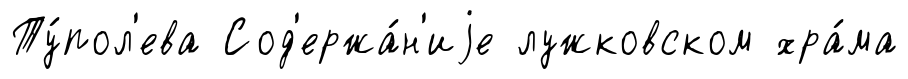
Ту́пол'ева Сод'ержа́н'иjе лужковском хра́ма